Vaccination in Burma 1900-1911 - 1900-1911
Year: 1900
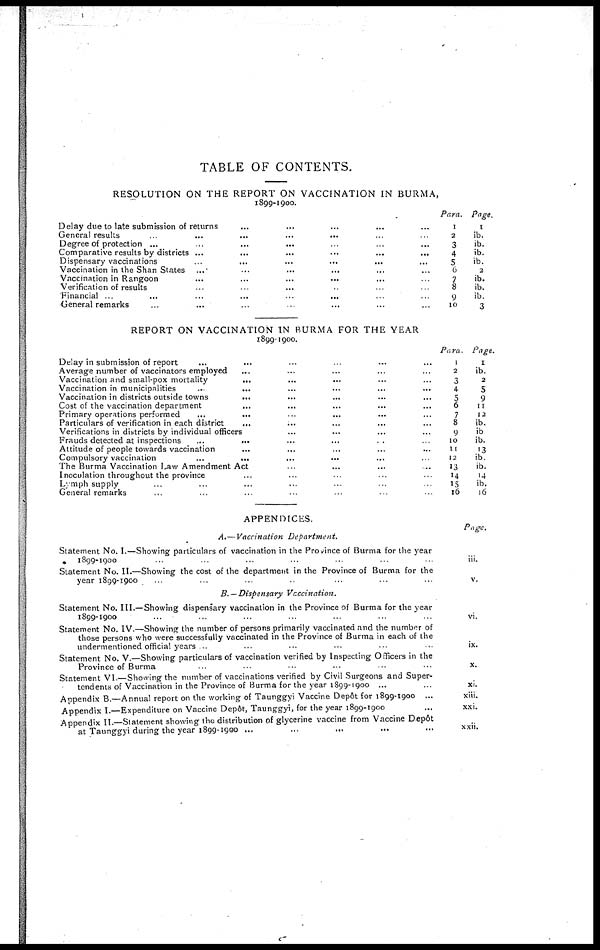
TABLE OF CONTENTS.
RESOLUTION ON THE REPORT ON VACCINATION IN BURMA,
1899-1900.
Delay due to late submission of returns... ... ...
General results... ... ...
Degree of protection ... ... ...
Comparative results by districts
...
...
...
...
...
...
Dispensary vaccinations ... ... ... ... ...
Vaccination in the Shan States ... ... ... ... ...
Vaccination in Rangoon ... ... ... ... ...
Verification of results ... ... ... ... ... ...
Financial ... ... ... ... ...
General remarks ... ... ... ... ...
Para.
1
2
3
4
5 6
7
8
9
10
Page.
1
ib.
ib.
ib.
ib.
2
ib.
ib.
ib.
3
REPORT ON VACCINATION IN BURMA FOR THE YEAR
1899-1900.
Delay in submission of report ... ... ... ...
Average number of vaccinators employed... ... ... ...
Vaccination and small-pox mortality... ... ... ...
Vaccination in municipalities ... ... ... ...
Vaccination in districts outside towns ... ... ... ...
Cost of the vaccination department ... ... ... ...
Primary operations performed ... ... ... ...
Particulars of verification in each district ... ... ... ...
Verifications in districts by individual officers... ... ... ...
Frauds detected at inspections ... ... ... ...
Attitude of people towards vaccination ... ... ... ...
Compulsory vaccination
...
...
...
...
The Burma Vaccination Law Amendment Act... ... ... ...
Inoculation throughout the province ... ... ... ...
Lymph supply ... ... ... ...
General remarks ... ... ... ...
Para.
1
2
3
4
5
6
7
8
9
10
11
12
13
14
15
16
Page.
1
ib.
2
5
9
11
12
ib.
ib
ib.
13
ib.
ib.
14
ib.
16
APPENDICES.
A.— Vaccination Department.
Statement No. I.—Showing particulars of vaccination in the Province of Burma for the year
1899-1900... ... ... ...
Statement No. II.—Showing the cost of the department in the Province of Burma for the
year 1899-1900... ... ... ... ...
Page.
iii.
v.
B.—Dispensary Vaccination.
Statement No. III.—Showing dispensary vaccination in the Province of Burma for the year
1899-1900... ... ... ...
Statement No. IV.—Showing the number of persons primarily vaccinated and the number of
those persons who were successfully vaccinated in the Province of Burma in each of the
undermentioned official years ... ... ... ... ...
Statement No. V.—Showing particulars of vaccination verified by Inspecting Officers in the
Province of Burma... ... ... ...
Statement VI.—Showing the number of vaccinations verified by Civil Surgeons and Super-
tendents of Vaccination in the Province of Burma for the year 1899-1900 ... ... ... ... ...
Appendix B.—Annual report on the working of Taunggyi Vaccine Depôt for 1899-1900... ... ...
Appendix I.—Expenditure on Vaccine Depôt, Taunggyi, for the year 1899-1900... ... ... ...
Appendix II.—Statement showing the distribution of glycerine vaccine from Vaccine Depôt
at Taunggyi during the year 1899-1900 ... ... ... ...
vi.
ix.
x.
xi.
xiii.
xxi.
xxii.